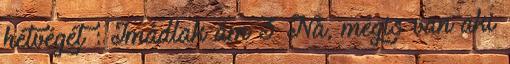
hétvégét : Imádlak ám 3 Na, mégis van aki